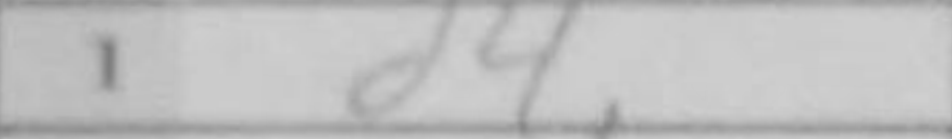
Transcription: d4